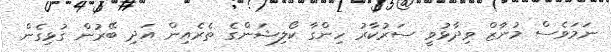
ނަމަވެސް މުނާޒް ވިދާޅުވީ ސަރުކާރު ހިންގާ ކޯލިޝަންގެ ތެރެއިން އަދި ބޭރުން ގުޅިގެން